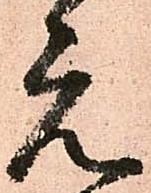
元